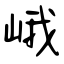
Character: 峨